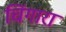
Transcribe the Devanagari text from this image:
चिंगारा